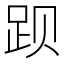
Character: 𬦥